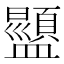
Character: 𬐿